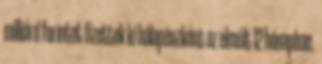
milliárd forintot fizettek ki hálapénzként az elmúlt 12 hónapban.